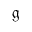
\mathfrak { g }